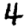
Digit: 4